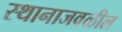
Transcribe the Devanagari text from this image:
स्थानाजवळील